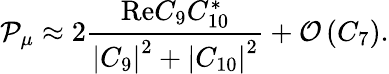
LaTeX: {\cal P}_{\mu}\approx 2\frac{\mathrm{Re}C_{9}C_{10}^{*}}{\left|C_{9}\right|^{2}+\left|C_{10}\right|^{2}}+{\cal O}\left(C_{7}\right).